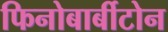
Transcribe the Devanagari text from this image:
फिनोबार्बीटोन